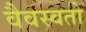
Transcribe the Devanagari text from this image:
वैवस्वतो